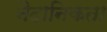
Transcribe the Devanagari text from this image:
नैदानिकता